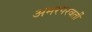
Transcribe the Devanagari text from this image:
अमरपरवर्ती